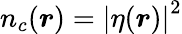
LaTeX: n_{c}(\boldsymbol{r})=\left|\eta(\boldsymbol{r})\right|^{2}